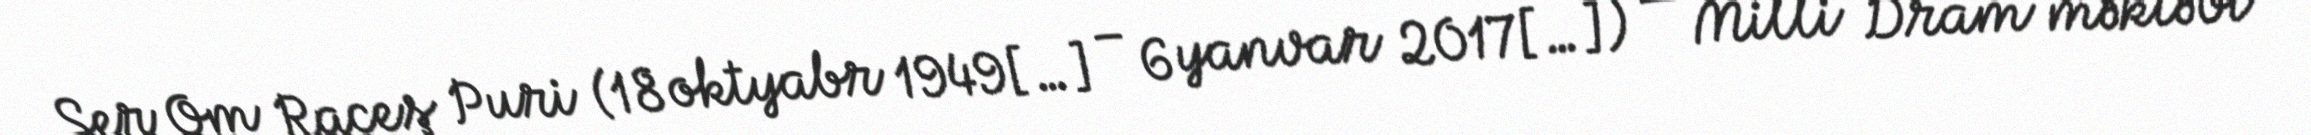
Ser Om Raceş Puri (18 oktyabr 1949[…] – 6 yanvar 2017[…]) — Milli Dram məktəbi